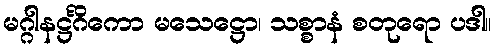
မဂ္ဂါနဋ္ဌင်္ဂိကော မသေဋ္ဌော၊ သစ္စာနံ စတုရော ပဒါ။